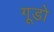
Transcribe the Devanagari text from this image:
गूडो